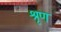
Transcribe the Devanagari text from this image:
श्रृण